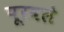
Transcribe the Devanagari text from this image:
पूरवले